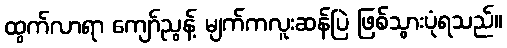
ထွက်လာရာ ကျော်ညွန့် မျက်ကလူးဆန်ပြဲ ဖြစ်သွားပုံရသည်။